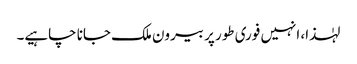
لہٰذا، انہیں فوری طور پر بیرون ملک جانا چاہیے۔